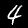
Digit: 4